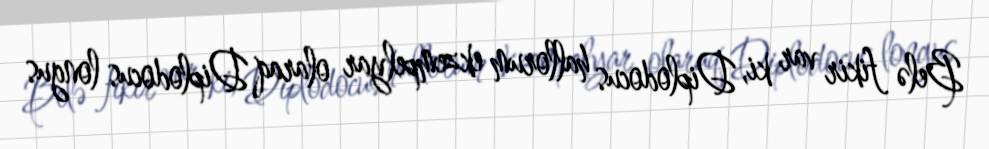
Belə fikir var ki, Diplodocus hallorum ekzempelyar olaraq Diplodocus longus